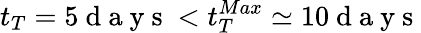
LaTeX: t_{T}=5\mathrm{~d~a~y~s~}<t_{T}^{Max}\simeq 10\mathrm{~d~a~y~s~}